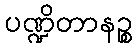
ပဏ္ဍိတာနဉ္စ